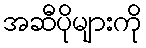
အဆီပိုများကို